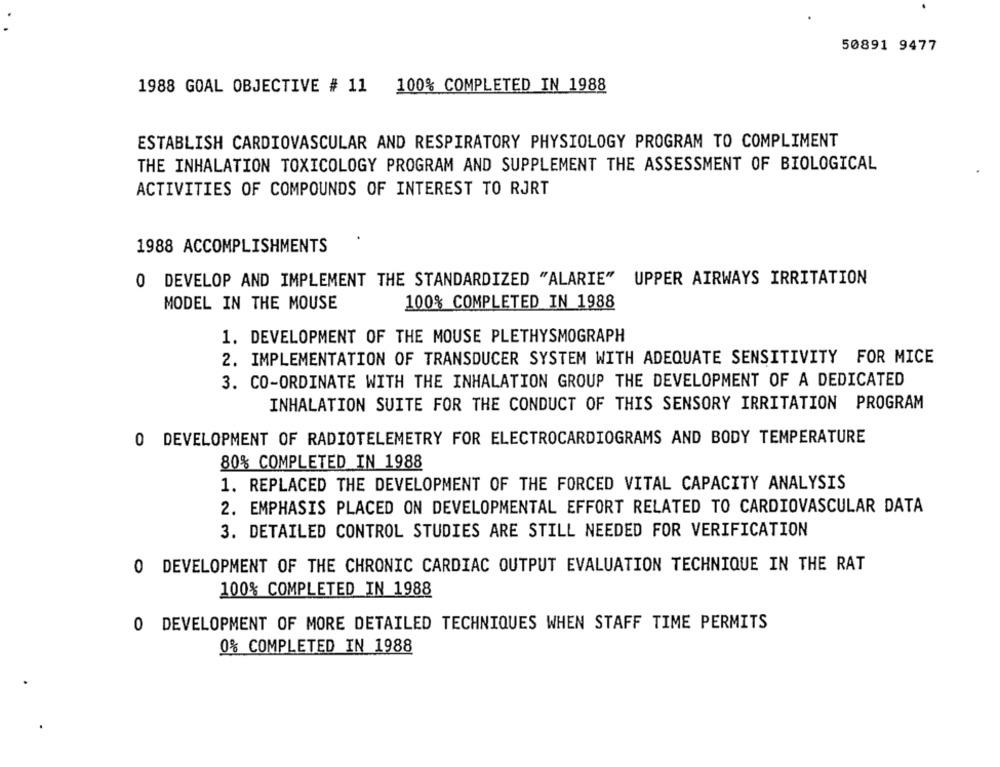
50891 9477
1988 GOAL OBJECTIVE # 11 100% COMPLETED IN 1988
ESTABLISH CARDIOVASCULAR AND RESPIRATORY PHYSIOLOGY PROGRAM TO COMPLIMENT
THE INHALATION TOXICOLOGY PROGRAM AND SUPPLEMENT THE ASSESSMENT OF BIOLOGICAL
ACTIVITIES OF COMPOUNDS OF INTEREST TO RJRT
1988 ACCOMPLISHMENTS
O DEVELOP AND IMPLEMENT THE STANDARDIZED "ALARIE" UPPER AIRWAYS IRRITATION
MODEL IN THE MOUSE
100% COMPLETED IN 1988
1. DEVELOPMENT OF THE MOUSE PLETHYSMOGRAPH
2. IMPLEMENTATION OF TRANSDUCER SYSTEM WITH ADEQUATE SENSITIVITY FOR MICE
3. CO-ORDINATE WITH THE INHALATION GROUP THE DEVELOPMENT OF A DEDICATED
INHALATION SUITE FOR THE CONDUCT OF THIS SENSORY IRRITATION PROGRAM
0 DEVELOPMENT OF RADIOTELEMETRY FOR ELECTROCARDIOGRAMS AND BODY TEMPERATURE
80% COMPLETED IN 1988
1. REPLACED THE DEVELOPMENT OF THE FORCED VITAL CAPACITY ANALYSIS
2. EMPHASIS PLACED ON DEVELOPMENTAL EFFORT RELATED TO CARDIOVASCULAR DATA
3. DETAILED CONTROL STUDIES ARE STILL NEEDED FOR VERIFICATION
0 DEVELOPMENT OF THE CHRONIC CARDIAC OUTPUT EVALUATION TECHNIQUE IN THE RAT
100% COMPLETED IN 1988
0 DEVELOPMENT OF MORE DETAILED TECHNIQUES WHEN STAFF TIME PERMITS
0% COMPLETED IN 1988